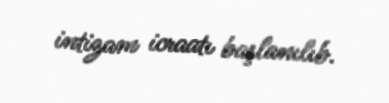
intizam icraatı başlanılıb.